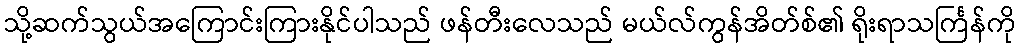
သို့ဆက်သွယ်အကြောင်းကြားနိုင်ပါသည် ဖန်တီးလေသည် မယ်လ်ကွန်အိတ်စ်၏ ရိုးရာသင်္ကြန်ကို